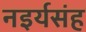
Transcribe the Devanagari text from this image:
नइर्यसंह